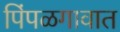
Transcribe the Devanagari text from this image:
पिंपळगावात